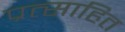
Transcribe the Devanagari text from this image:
प्रत्साहित